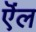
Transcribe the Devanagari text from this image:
ऎंल